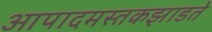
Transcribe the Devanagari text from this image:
आपादमस्तकझाडते